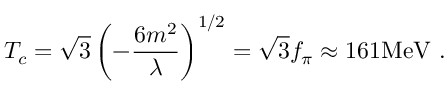
T _ { c } = \sqrt { 3 } \left( - \frac { 6 m ^ { 2 } } { \lambda } \right) ^ { 1 / 2 } = \sqrt { 3 } f _ { \pi } \approx 1 6 1 \mathrm { M e V ~ . }